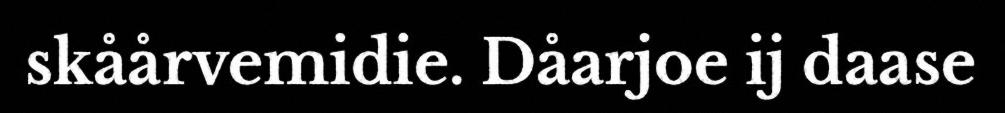
skåårvemidie. Dåarjoe ij daase